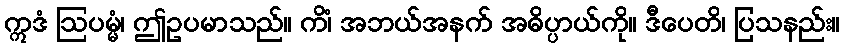
ဣဒံ ဩပမ္မံ၊ ဤဥပမာသည်။ ကိံ၊ အဘယ်အနက် အဓိပ္ပာယ်ကို။ ဒီပေတိ၊ ပြသနည်း။